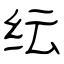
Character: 纭